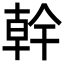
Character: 幹